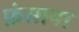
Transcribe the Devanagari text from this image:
फ़ंसाया